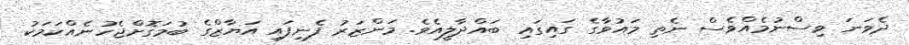
ދެވަނަ ވިސްނުމެއްވެސް ނެތި މައުވާގެ ގައިގައި ބައްދާލީއެވެ. މަންޒަރު ފެނިފައި އަޔާޒްގެ ބުމަގޮށްޖެހުނެއްކަމަކު